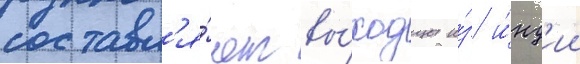
составл'я́ют вы́ходцы и́з и́нд'ии